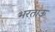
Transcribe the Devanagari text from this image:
भरताऊ